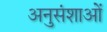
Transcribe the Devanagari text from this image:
अनुसंशाओं